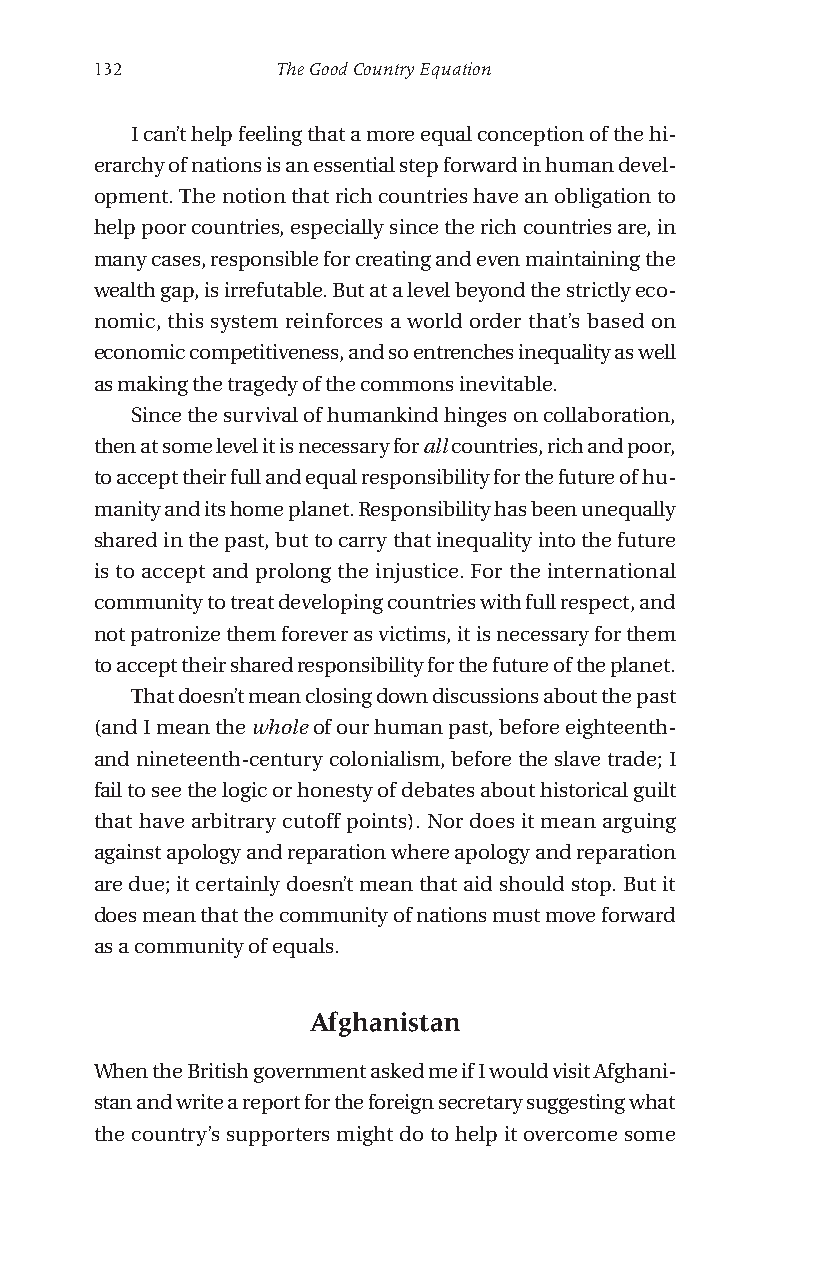
132         The Good Country Equation
 I can’t help feeling that a more equal conception of the hi-
 erarchy of nations is an essential step forward in human devel-
 opment. The notion that rich countries have an obligation to
 help poor countries, especially since the rich countries are, in
 many cases, responsible for creating and even maintaining the
 wealth gap, is irrefutable. But at a level beyond the strictly eco-
 nomic, this system reinforces a world order that’s based on
 economic competitiveness, and so entrenches inequality as well
 as making the tragedy of the commons inevitable.
 Since the survival of humankind hinges on collaboration,
 then at some level it is necessary for all countries, rich and poor,
 to accept their full and equal responsibility for the future of hu-
 manity and its home planet. Responsibility has been unequally
 shared in the past, but to carry that inequality into the future
 is to accept and prolong the injustice. For the international
 community to treat developing countries with full respect, and
 not patronize them forever as victims, it is necessary for them
 to accept their shared responsibility for the future of the planet.
 That doesn’t mean closing down discussions about the past
 (and I mean the whole of our human past, before eighteenth-
 and nineteenth-century colonialism, before the slave trade; I
 fail to see the logic or honesty of debates about historical guilt
 that have arbitrary cutoff points). Nor does it mean arguing
 against apology and reparation where apology and reparation
 are due; it certainly doesn’t mean that aid should stop. But it
 does mean that the community of nations must move forward
 as a community of equals.
 Afghanistan
 When the British government asked me if I would visit Afghani-
 stan and write a report for the foreign secretary suggesting what
 the country’s supporters might do to help it overcome some